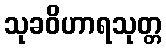
သုခဝိဟာရသုတ္တ